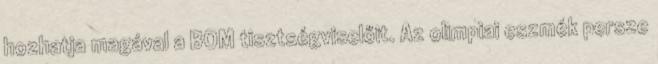
hozhatja magával a BOM tisztségviselőit. Az olimpiai eszmék persze